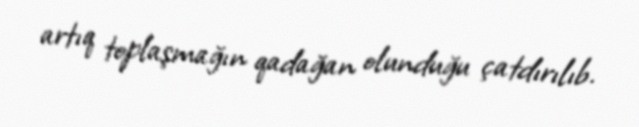
artıq toplaşmağın qadağan olunduğu çatdırılıb.